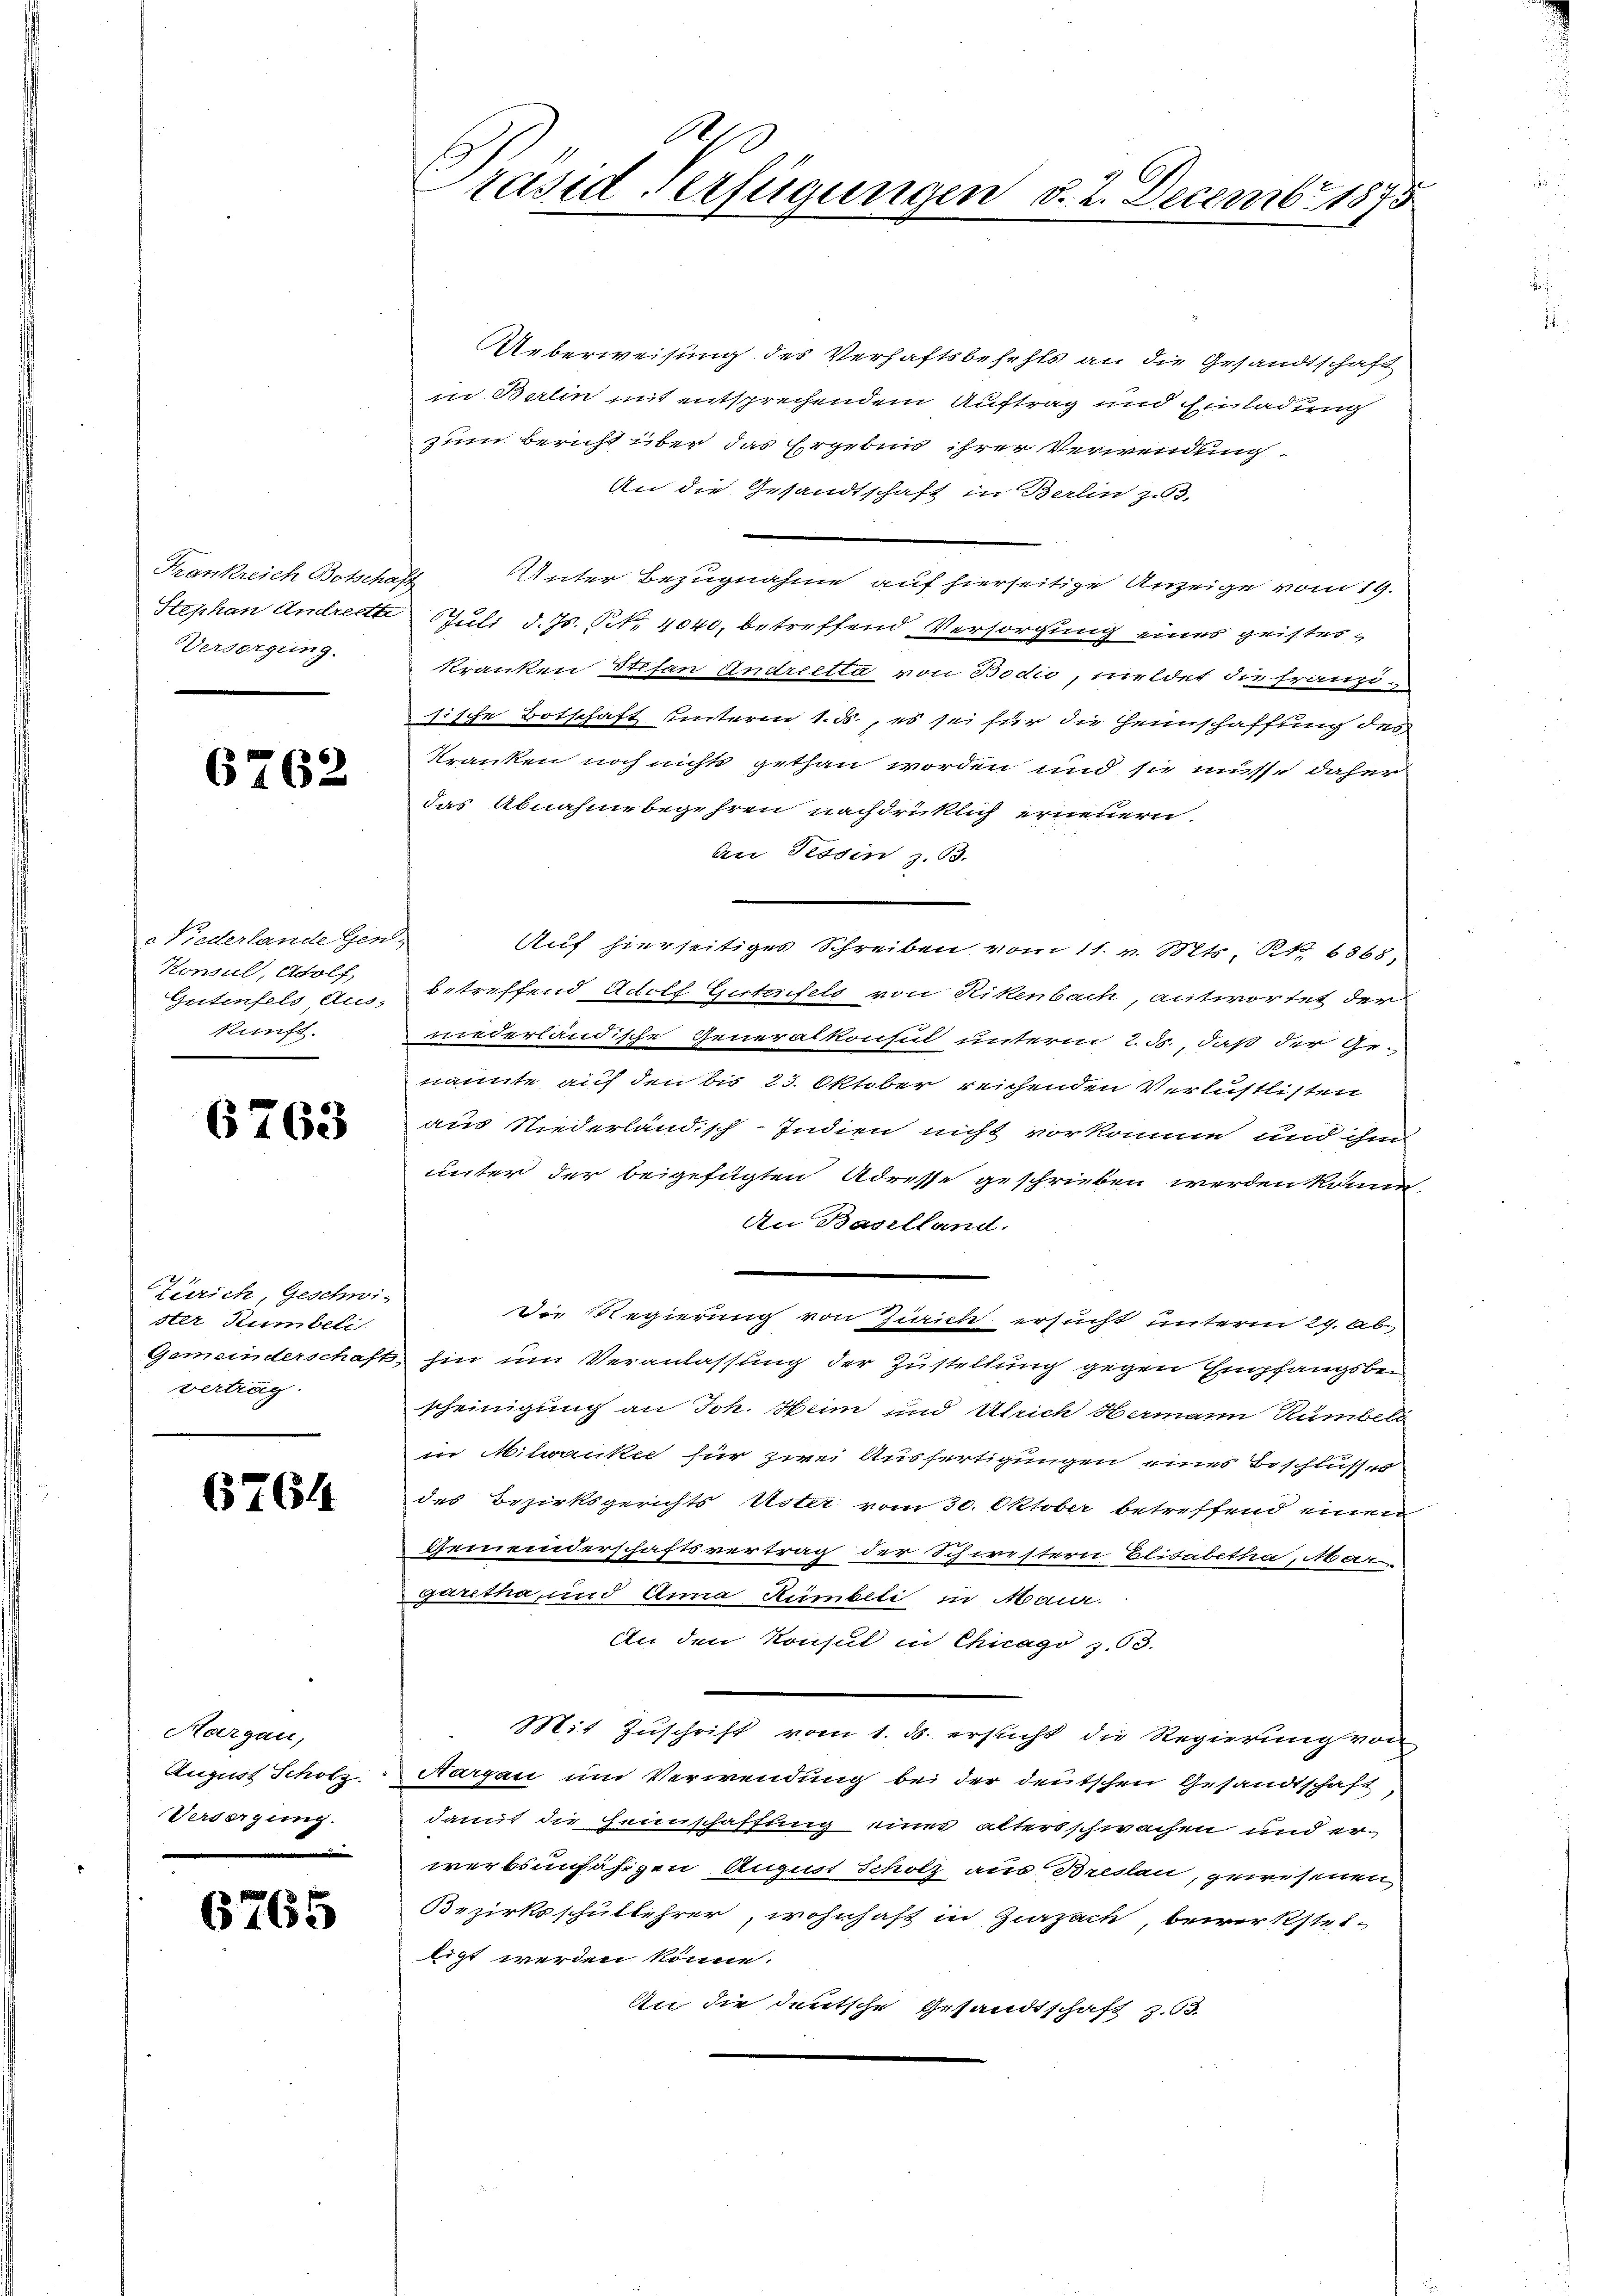
Frankreich Botschaft
Stephan Andrechte
Versorgung.

6762

a Niederlande Gene-
Konsul, Adolf
Gutenfels Aus-
kunft.

6763

Zürich, Geschwi-
ster Stumbeli
Gemeinderschaft
vertrag.

6764

Hargau,
August Scholz.
Versorgung.

6765

rased Verfügungen d. 2. Decembr 1875

Ueberweisung des Verhaftsbefehls an die Gesandtschaft
in Berlin mit entsprechendem Auftrag und Einladung
zum Bericht über das Ergebnis ihrer Verwendung.
An die Gesandtschaft in Berlin zu 3.
Unter Bezugnahme auf hierseitige Anzeige vom 19.
Juli d. Js. Art. 4040, betreffend Versorgung eines geisteskranken Stefan Andreetta von Bodić, meldet die Franzitische Botschaft hinterm 1. ds., es sei für die Heinschaffung des
kranken noch nichts gethan worden und sie müsse daher
das Abnahme begehren nachdrücklich erneuern.
An Tessin z. 53.
Auf hierseitiges Schreiben vom 11. v. Mts. 241. 6368,
betreffend Adolf Gurtenfeld von Rikenbach, antwortet der
niederländische Generalkonsul unterm 2. ds., daß der Ge-
nannte auf den bis 23. Oktober reichenden Verlustlisten
aus Niederländisch-Indien nicht vorkomme und ihn
unter der beigefügten Adresse geschrieben werden könne,
An Baselland.
Die Regierung von Zürich ersucht unterm 29. Ab
hin um Veranlassung der Zustellung gegen Empfangsbescheinigung an Joh. Heim und Ulrich Hermann Rumbel
in Milwanke für zwei Ausfertigungen eines Beschlusses
des Bezirksgerichts Uster vom 30. Oktober betreffend einen
Gemeinderschaftsvertrag der Schwestern Elisabetha, Mar
garetha, und Anna Humbeli in Maur.
An den Konsul in Chicago z. 93.
Mit Zuschrift vom 1. ds. ersucht die Regierung von
Aargau um Verwendung bei der deutschen Gesandtschaft
damit die Heinschaffung einer altersschwachen und er-
werbsunfähigen August Scholz aus Breslau, gewesenen
Bezirksschullehrer, wohnhaft in Zurzach, bewerkstel-
ligt werden könne.
An die deutsche Gesandtschaft z. 63